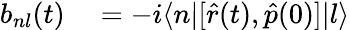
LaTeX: \begin{array}{rl}{b_{nl}(t)}&{{}=-i\langle n|[\hat{r}(t),\hat{p}(0)]|l\rangle}\end{array}